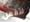
لتفعل